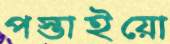
পস্তাইয়ো